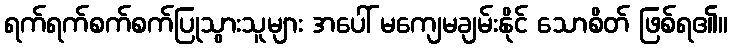
ရက်ရက်စက်စက်ပြုသွားသူများ အပေါ် မကျေမချမ်းနိုင် သောစိတ် ဖြစ်ရ၏။